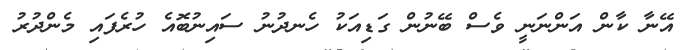
އޭނާ ކާން އަންނަނީ ވެސް ބޭނުން ގަޑިއަކު ހެނދުނު ސައިނުބޮއެ ހުރެފައި މެންދުރު